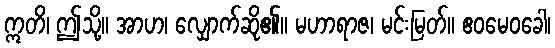
ဣတိ၊ ဤသို့။ အာဟ၊ လျှောက်ဆို၏။ မဟာရာဇ၊ မင်းမြတ်။ ဧဝမေဝခေါ၊